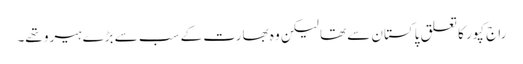
راج کپور کا تعلق پاکستان سے تھا لیکن وہ بھارت کے سب سے بڑے ہیرو تھے۔